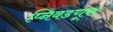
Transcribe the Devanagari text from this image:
प्निवडणूक